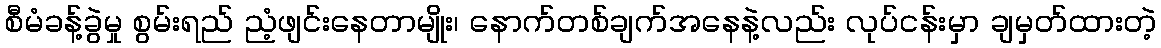
စီမံခန့်ခွဲမှု စွမ်းရည် ညံ့ဖျင်းနေတာမျိုး၊ နောက်တစ်ချက်အနေနဲ့လည်း လုပ်ငန်းမှာ ချမှတ်ထားတဲ့